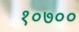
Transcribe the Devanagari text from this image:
१०७००